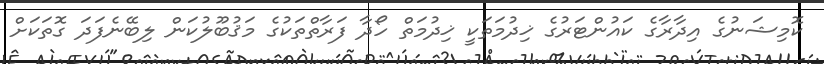
ކޮމިޝަނުގެ އިދާރާގެ ކައުންޓަރުގެ ޚިދުމަތަކީ ޚިދުމަތް ހޯދާ ފަރާތްތަކުގެ މަޤުބޫލުކަން ލިބޭނެފަދަ ގޮތަކަށް